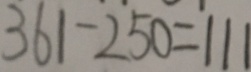
3 6 1 - 2 5 0 = 1 1 1